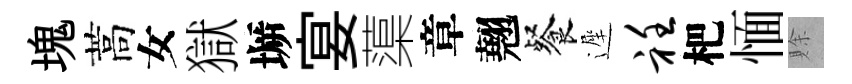
塊蒿女獄󶱲宴蕖章翹餐遲衽杷愐賖